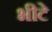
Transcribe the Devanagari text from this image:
भीटे